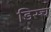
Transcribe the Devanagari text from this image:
डिस्च